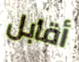
أقابل